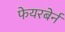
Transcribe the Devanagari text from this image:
फेयरबेर्न